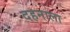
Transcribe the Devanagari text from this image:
दहनाला